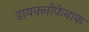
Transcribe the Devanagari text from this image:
डायक्लोफेनाक